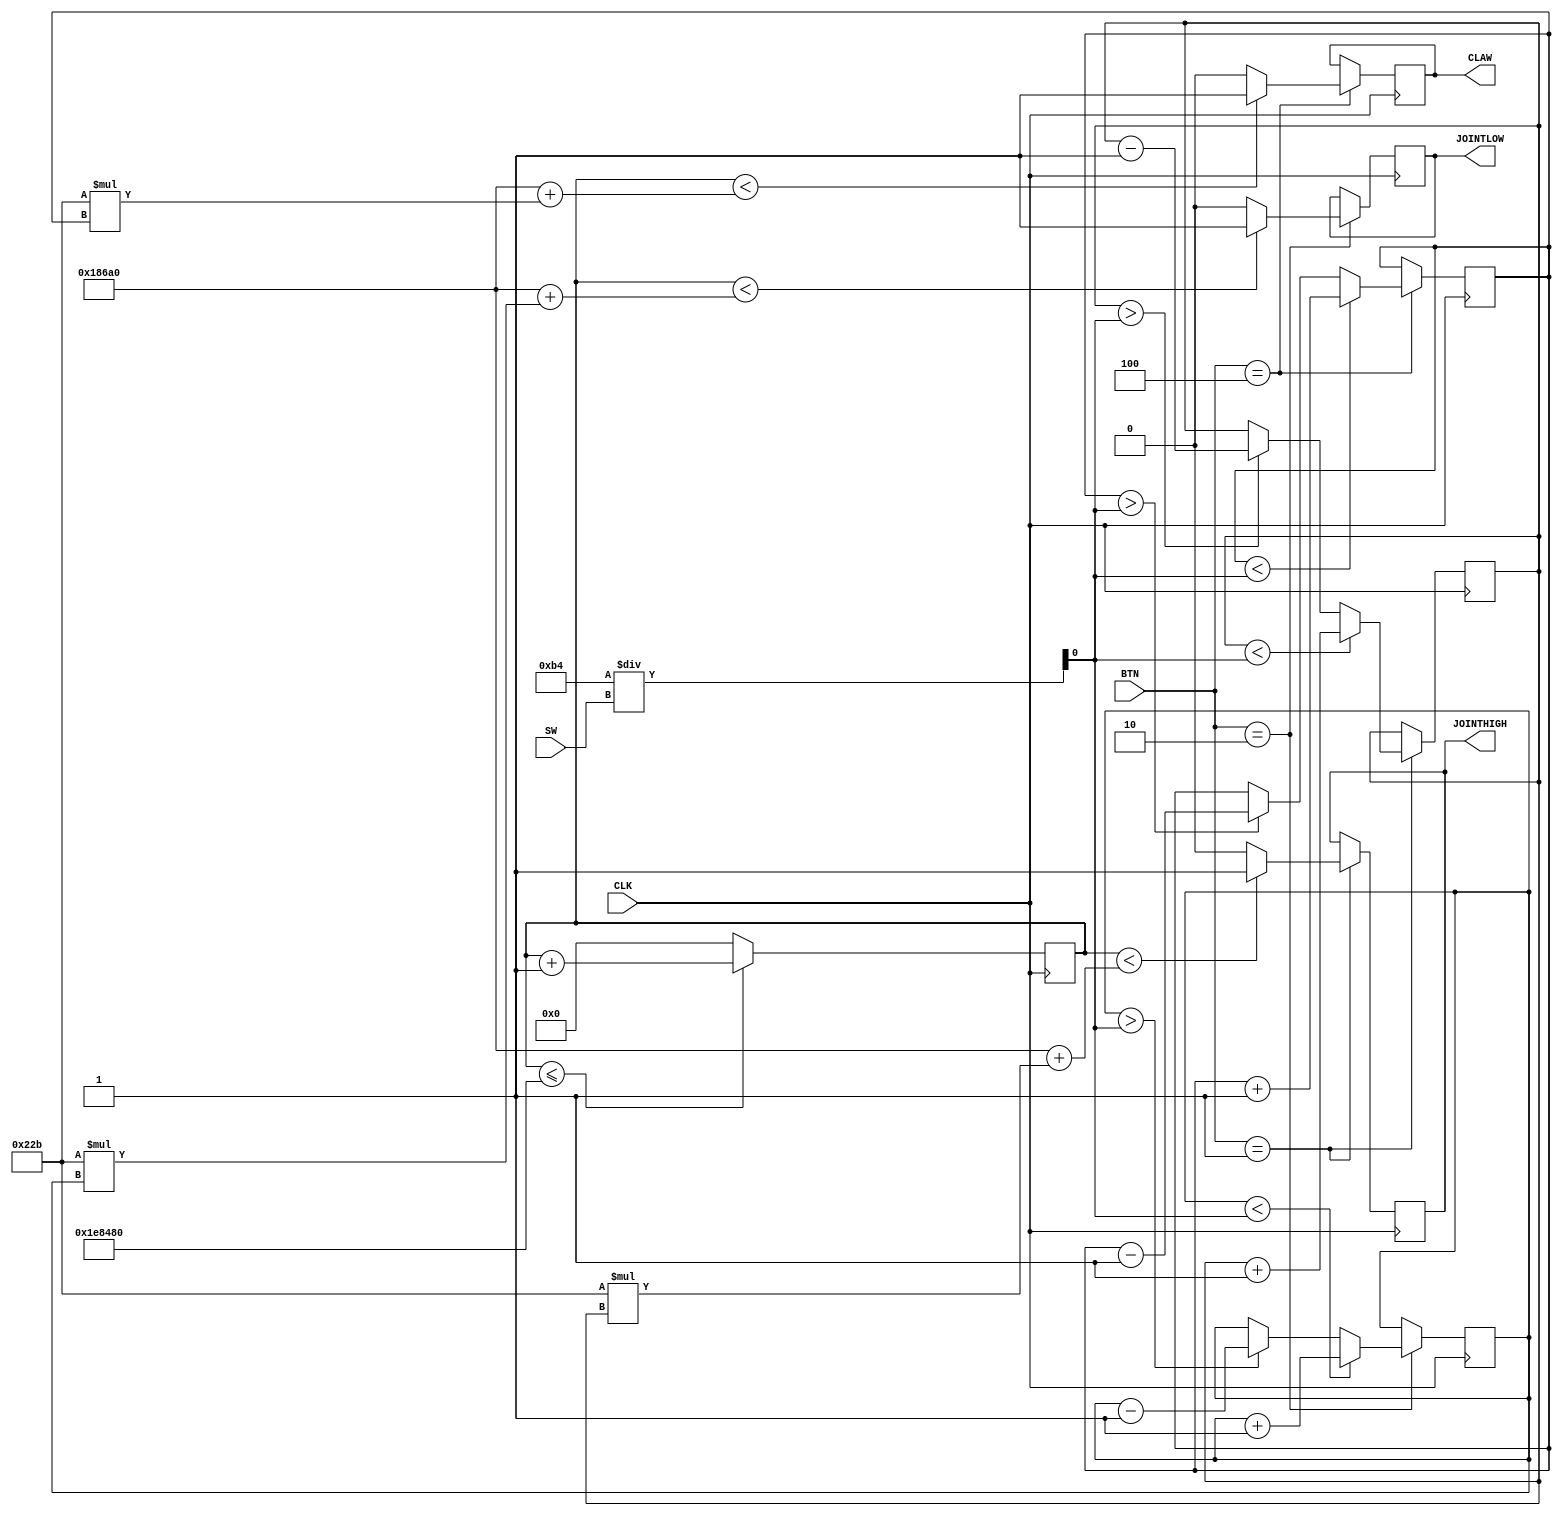
`timescale 1ns / 1ps
//////////////////////////////////////////////////////////////////////////////////
// Company: 
// Engineer: 
// 
// Design Name: 
// Module Name:    Servo_Controller 
// Project Name: 
// Target Devices: 
// Tool versions: 
// Description: 
//
// Dependencies: 
//
// Revision: 
// Revision 0.01 - File Created
// Additional Comments: 
//
//////////////////////////////////////////////////////////////////////////////////
module Servo_Controller(
		input CLK,
		input [7:0]SW,
		input [4:0] BTN,
		output reg CLAW,
		output reg JOINTHIGH,
		output reg JOINTLOW
    );

	reg [21:0]count = 0;
	reg [21:0]count_hi = 0;
	reg [7:0] CLAW_value,JOINTHIGH_value, JOINTLOW_value;
	wire DESIRED;
	
	initial begin
		CLAW_value = 0;
		JOINTHIGH_value = 0;
		JOINTLOW_value = 0;
	end
	
	

	assign DESIRED = 180/SW;
	
	always@(posedge CLK) begin
			
			if(count <= 2000000)
				count <= count + 1 ;
			else
				count <= 0;
	
		case(BTN)  
			4: begin 
					if(CLAW_value < DESIRED)
						CLAW_value <= CLAW_value + 1;
					else if(CLAW_value > DESIRED)
						CLAW_value <= CLAW_value - 1;
					else 
						CLAW_value <= CLAW_value;
						
					CLAW <= (count < (100000 + 555 * CLAW_value))? 1:0;
				end
			1: begin 
					if(JOINTHIGH_value < DESIRED)
						JOINTHIGH_value <= JOINTHIGH_value + 1;
					else if(JOINTHIGH_value > DESIRED)
						JOINTHIGH_value <= JOINTHIGH_value - 1;
					else 
						JOINTHIGH_value <= JOINTHIGH_value;
					
					JOINTHIGH <= (count < (100000 + 555 * JOINTHIGH_value))? 1:0;
				end
			2: begin 
					if(JOINTLOW_value < DESIRED)
						JOINTLOW_value <= JOINTLOW_value + 1;
					else if(JOINTLOW_value > DESIRED)
						JOINTLOW_value <= JOINTLOW_value - 1;
					else 
						JOINTLOW_value <= JOINTLOW_value;
						
					JOINTLOW <= (count < (100000 + 555 * JOINTLOW_value))? 1:0;
				end
				
		endcase
	end
endmodule